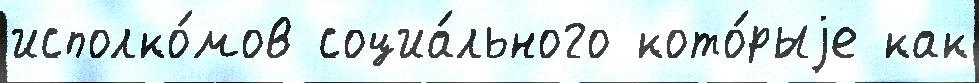
исполко́мов социа́льного кото́рыjе как